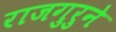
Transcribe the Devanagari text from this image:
राजगुरुने